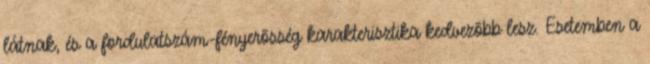
látnak, és a fordulatszám-fényerõsség karakterisztika kedvezõbb lesz. Esetemben a